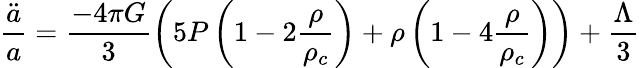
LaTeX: \frac{\ddot{a}}{a}=\frac{-4\pi G}{3}\left(5P\left(1-2\frac{\rho}{\rho_{c}}\right)+\rho\left(1-4\frac{\rho}{\rho_{c}}\right)\right)+\frac{\Lambda}{3}